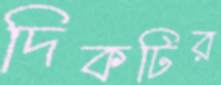
দিকটির